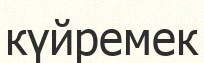
күйремек